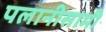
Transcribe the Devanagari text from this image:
पलानीसामी